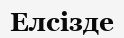
Елсізде